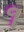
૧